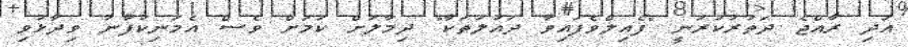
އަދި ރާއްޖެ ދަތުރުކުރަނީ "ފެއިލްވެފައިވާ ދައުލަތަކާ" ދިމާލަށް ކަމަށް ވެސް އެމަނިކުފާނު ވިދާޅުވި